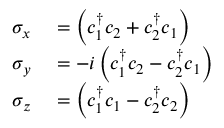
\begin{array} { r l } { \sigma _ { x } } & { { } = \left( c _ { 1 } ^ { \dagger } c _ { 2 } + c _ { 2 } ^ { \dagger } c _ { 1 } \right) } \\ { \sigma _ { y } } & { { } = - i \left( c _ { 1 } ^ { \dagger } c _ { 2 } - c _ { 2 } ^ { \dagger } c _ { 1 } \right) } \\ { \sigma _ { z } } & { { } = \left( c _ { 1 } ^ { \dagger } c _ { 1 } - c _ { 2 } ^ { \dagger } c _ { 2 } \right) } \end{array}